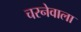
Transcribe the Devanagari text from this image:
चरनेवाला